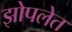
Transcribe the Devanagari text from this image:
झोपलेत